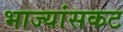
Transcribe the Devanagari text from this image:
भाज्यांसकट